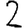
Digit: 2